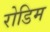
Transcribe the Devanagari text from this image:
रोडिम